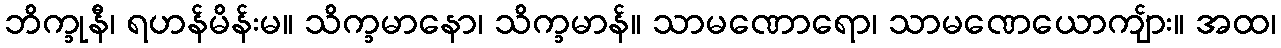
ဘိက္ခုနီ၊ ရဟန်မိန်းမ။ သိက္ခမာနော၊ သိက္ခမာန်။ သာမဏောရော၊ သာမဏေယောကျ်ား။ အထ၊